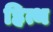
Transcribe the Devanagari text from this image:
हित्थ